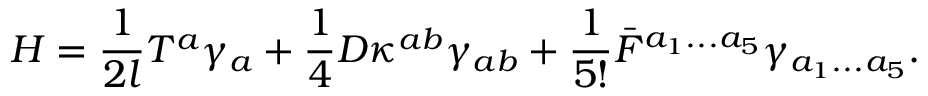
H = { \frac { 1 } { 2 l } } T ^ { a } \gamma _ { a } + { \frac { 1 } { 4 } } D \kappa ^ { a b } \gamma _ { a b } + { \frac { 1 } { 5 ! } } \bar { F } ^ { a _ { 1 } . . . a _ { 5 } } \gamma _ { a _ { 1 } . . . a _ { 5 } } .